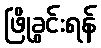
ဖြိုခွင်းရန်